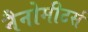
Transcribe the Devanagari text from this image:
नैनोमीटर्स